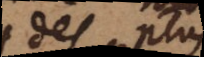
des plus